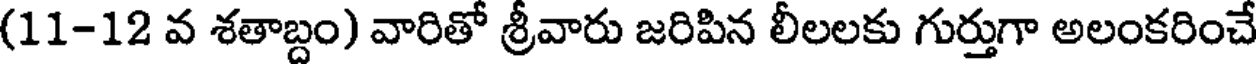
(11-12 వ శతాబ్దం) వారితో శ్రీవారు జరిపిన లీలలకు గుర్తుగా అలంకరించే